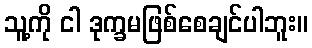
သူ့ကို ငါ ဒုက္ခမဖြစ်စေချင်ပါဘူး။